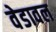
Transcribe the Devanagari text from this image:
वेडावल